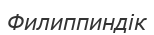
Филиппиндік